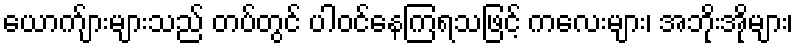
ယောက်ျားများသည် တပ်တွင် ပါဝင်နေကြရသဖြင့် ကလေးများ၊ အဘိုးအိုများ၊